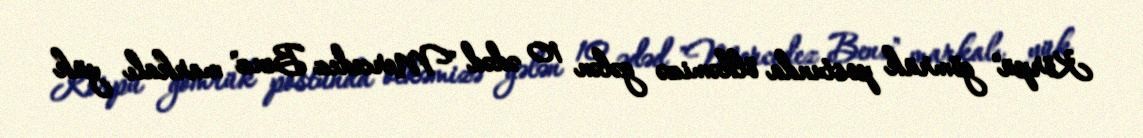
Körpü" gömrük postunda ölkəmizə gələn 10 ədəd "Mercedez Benz" markalı yük